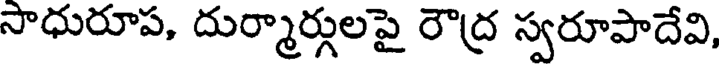
సాధురూప, దుర్మార్గులపై రౌద్ర స్వరూపాదేవి,